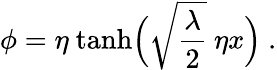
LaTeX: \phi=\eta\ {\operatorname{tanh}}\Bigl(\sqrt{\frac{\lambda}{2}}\ \eta x\Bigr)\ .